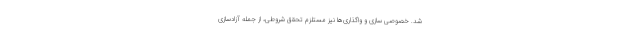
شد. خصوصی سازی و واگذاری‌ها نیز مستلزم تحقق شروطی، از جمله آزادسازی